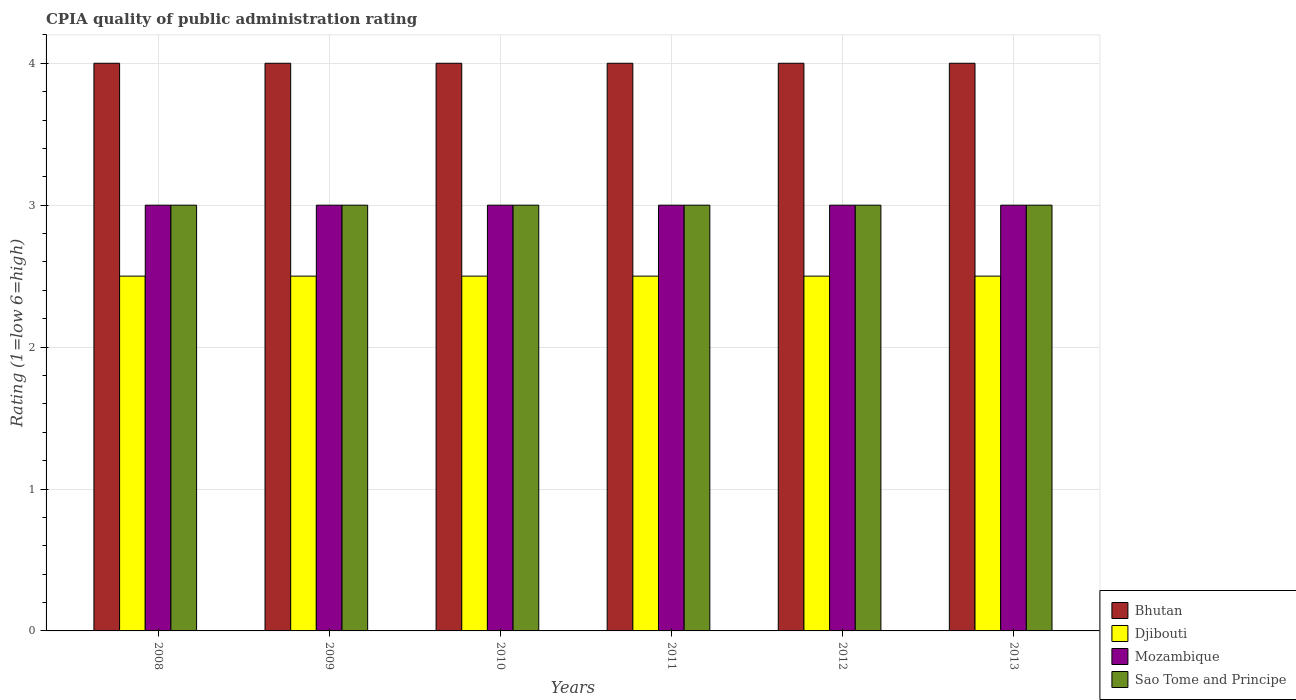
| Years | Bhutan | Djibouti | Mozambique | Sao Tome and Principe |
 | --- | --- | --- | --- | --- |
 | 2008 | 4 | 2.5 | 3 | 3 |
 | 2009 | 4 | 2.5 | 3 | 3 |
 | 2010 | 4 | 2.5 | 3 | 3 |
 | 2011 | 4 | 2.5 | 3 | 3 |
 | 2012 | 4 | 2.5 | 3 | 3 |
 | 2013 | 4 | 2.5 | 3 | 3 |